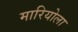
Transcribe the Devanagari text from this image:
मारियोला